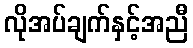
လိုအပ်ချက်နှင့်အညီ